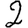
Digit: 2